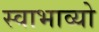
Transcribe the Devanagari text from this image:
स्वाभाव्यो